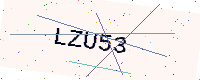
Text: LZU53